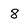
Character: 8